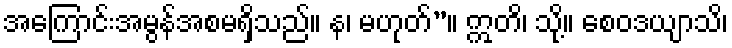
အကြောင်းအမွန်အစမရှိသည်။ န၊ မဟုတ်”။ ဣတိ၊ သို့။ စေဝဒယျာသိ၊